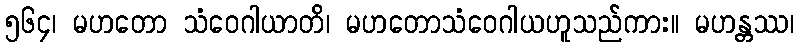
၅၆၄၊ မဟတော သံဝေဂါယာတိ၊ မဟတောသံဝေဂါယဟူသည်ကား။ မဟန္တဿ၊